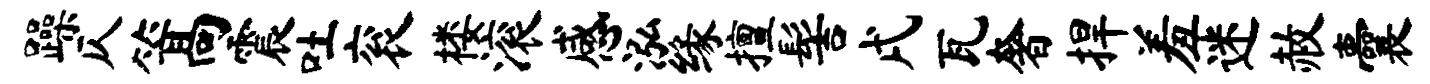
躁仄篙震吐衮楼滚感泓缘擅髻戌瓦奢捍羞迷赦囊